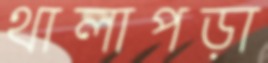
থালাপড়া